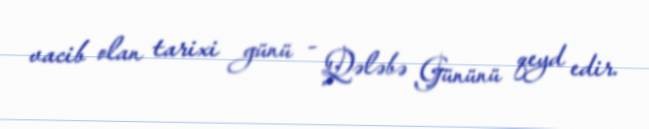
vacib olan tarixi günü - Qələbə Gününü qeyd edir.